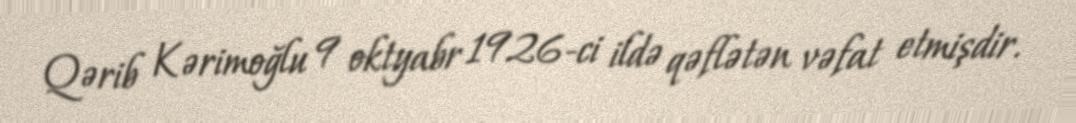
Qərib Kərimoğlu 9 oktyabr 1926-ci ildə qəflətən vəfat etmişdir.